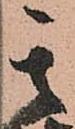
其